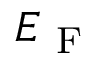
E _ { \mathrm { ~ F ~ } }